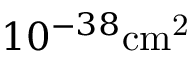
1 0 ^ { - 3 8 } \mathrm { { c m } ^ { 2 } }